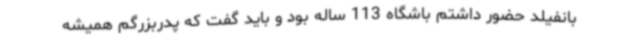
بانفیلد حضور داشتم باشگاه 113 ساله بود و باید گفت که پدربزرگم همیشه